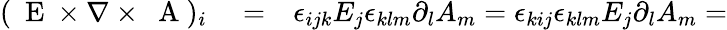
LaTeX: \begin{array}{rlr}{(\mathrm{~\mathbf~E~}\times\nabla\times\mathrm{~\mathbf~A~})_{i}}&{{}=}&{\epsilon_{ijk}E_{j}\epsilon_{klm}\partial_{l}A_{m}=\epsilon_{kij}\epsilon_{klm}E_{j}\partial_{l}A_{m}=}\end{array}